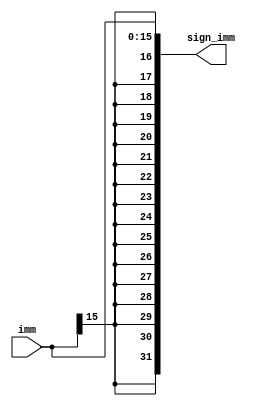


module Sign_Extend(imm,sign_imm);

input[15:0]imm; //immediate

output[31:0]sign_imm;//immediate after extension

reg[31:0]sign_imm;

always@(imm)
begin 

sign_imm<={{16{imm[15]}},imm}; //extend immediate to be 32bit data and keep the sign of number like shift right arithmetic

end

endmodule